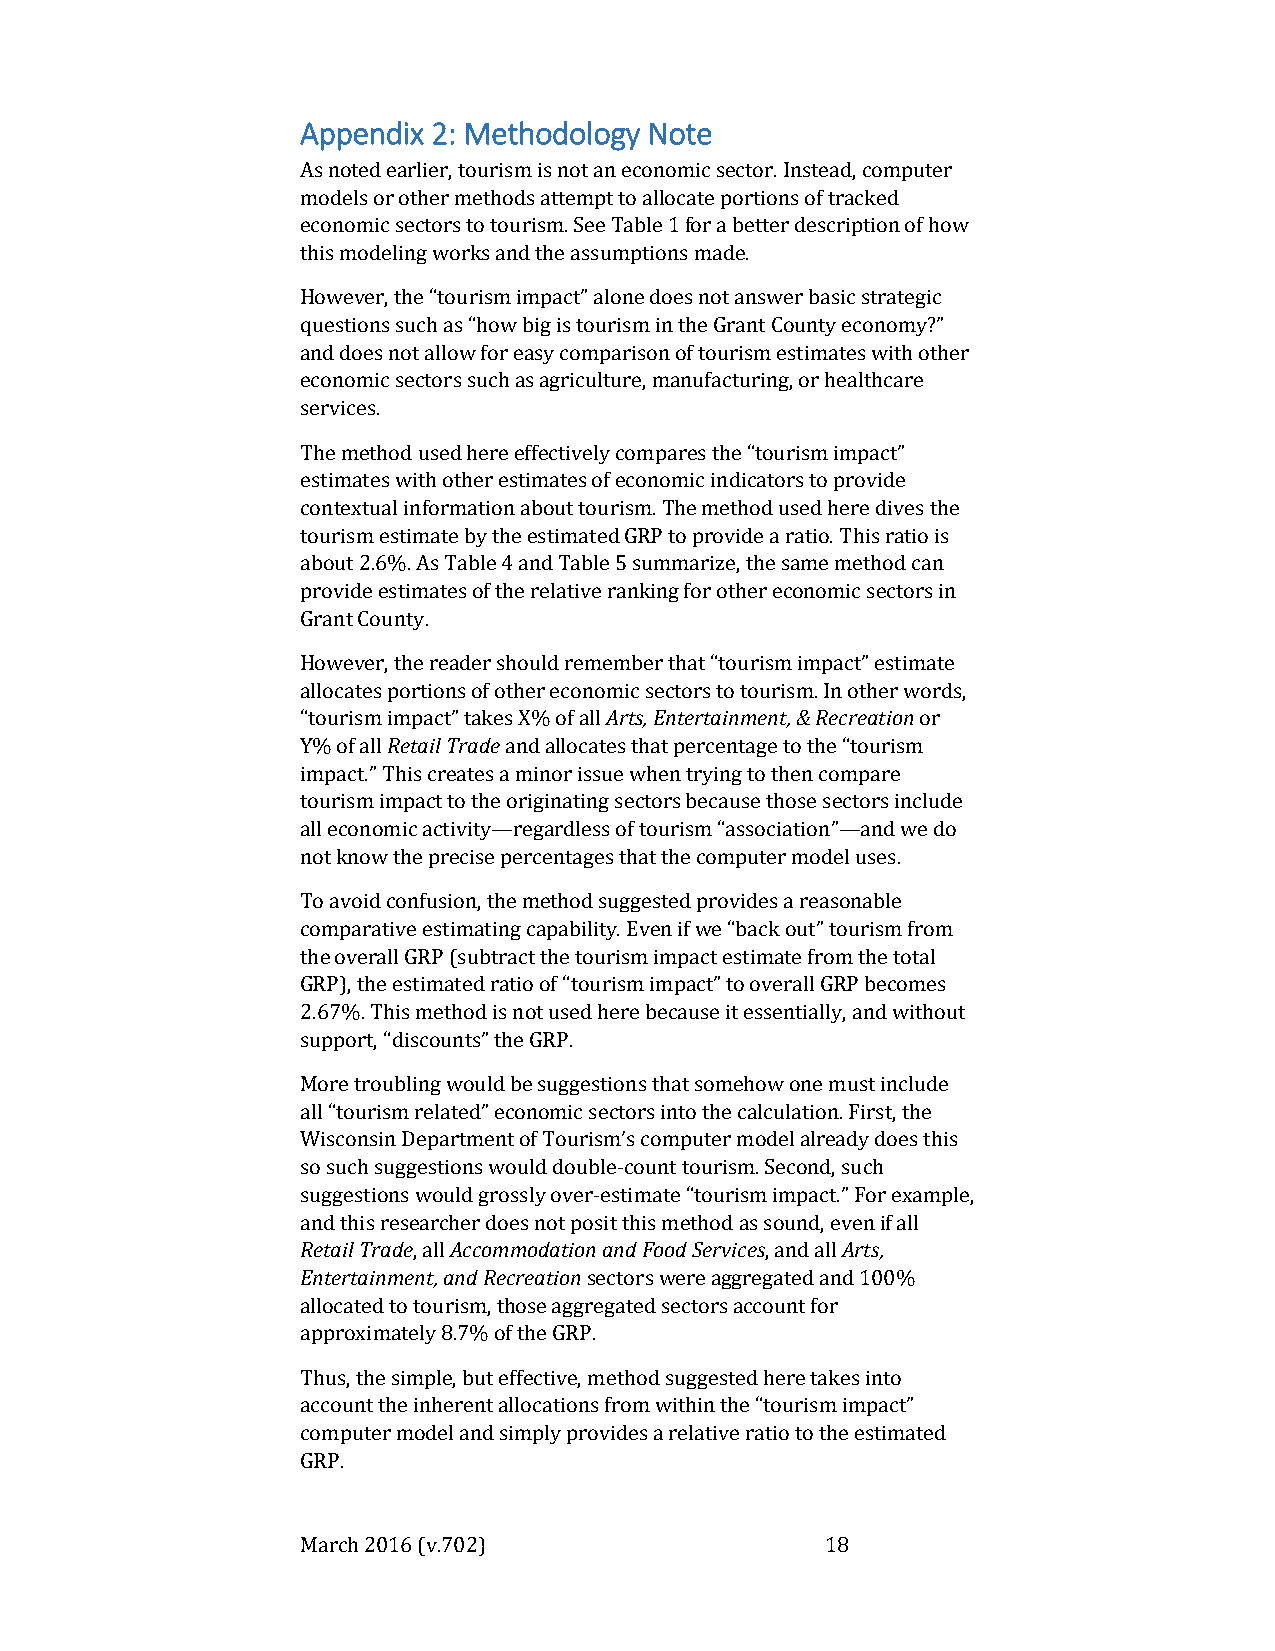
Appendix 2: Methodology Note
 As noted earlier, tourism is not an economic sector. Instead, computer
 models or other methods attempt to allocate portions of tracked
 economic sectors to tourism. See Table 1 for a better description of how
 this modeling works and the assumptions made.
 However, the “tourism impact” alone does not answer basic strategic
 questions such as “how big is tourism in the Grant County economy?”
 and does not allow for easy comparison of tourism estimates with other
 economic sectors such as agriculture, manufacturing, or healthcare
 services.
 The method used here effectively compares the “tourism impact”
 estimates with other estimates of economic indicators to provide
 contextual information about tourism. The method used here dives the
 tourism estimate by the estimated GRP to provide a ratio. This ratio is
 about 2.6%. As Table 4 and Table 5 summarize, the same method can
 provide estimates of the relative ranking for other economic sectors in
 Grant County.
 However, the reader should remember that “tourism impact” estimate
 allocates portions of other economic sectors to tourism. In other words,
 “tourism impact” takes X% of all Arts, Entertainment, & Recreation or
 Y% of all Retail Trade and allocates that percentage to the “tourism
 impact.” This creates a minor issue when trying to then compare
 tourism impact to the originating sectors because those sectors include
 all economic activity—regardless of tourism “association”—and we do
 not know the precise percentages that the computer model uses.
 To avoid confusion, the method suggested provides a reasonable
 comparative estimating capability. Even if we “back out” tourism from
 the overall GRP (subtract the tourism impact estimate from the total
 GRP), the estimated ratio of “tourism impact” to overall GRP becomes
 2.67%. This method is not used here because it essentially, and without
 support, “discounts” the GRP.
 More troubling would be suggestions that somehow one must include
 all “tourism related” economic sectors into the calculation. First, the
 Wisconsin Department of Tourism’s computer model already does this
 so such suggestions would double-count tourism. Second, such
 suggestions would grossly over-estimate “tourism impact.” For example,
 and this researcher does not posit this method as sound, even if all
 Retail Trade, all Accommodation and Food Services, and all Arts,
 Entertainment, and Recreation sectors were aggregated and 100%
 allocated to tourism, those aggregated sectors account for
 approximately 8.7% of the GRP.
 Thus, the simple, but effective, method suggested here takes into
 account the inherent allocations from within the “tourism impact”
 computer model and simply provides a relative ratio to the estimated
 GRP.
 March 2016 (v.702)                 18